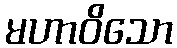
မဟာဝိသော